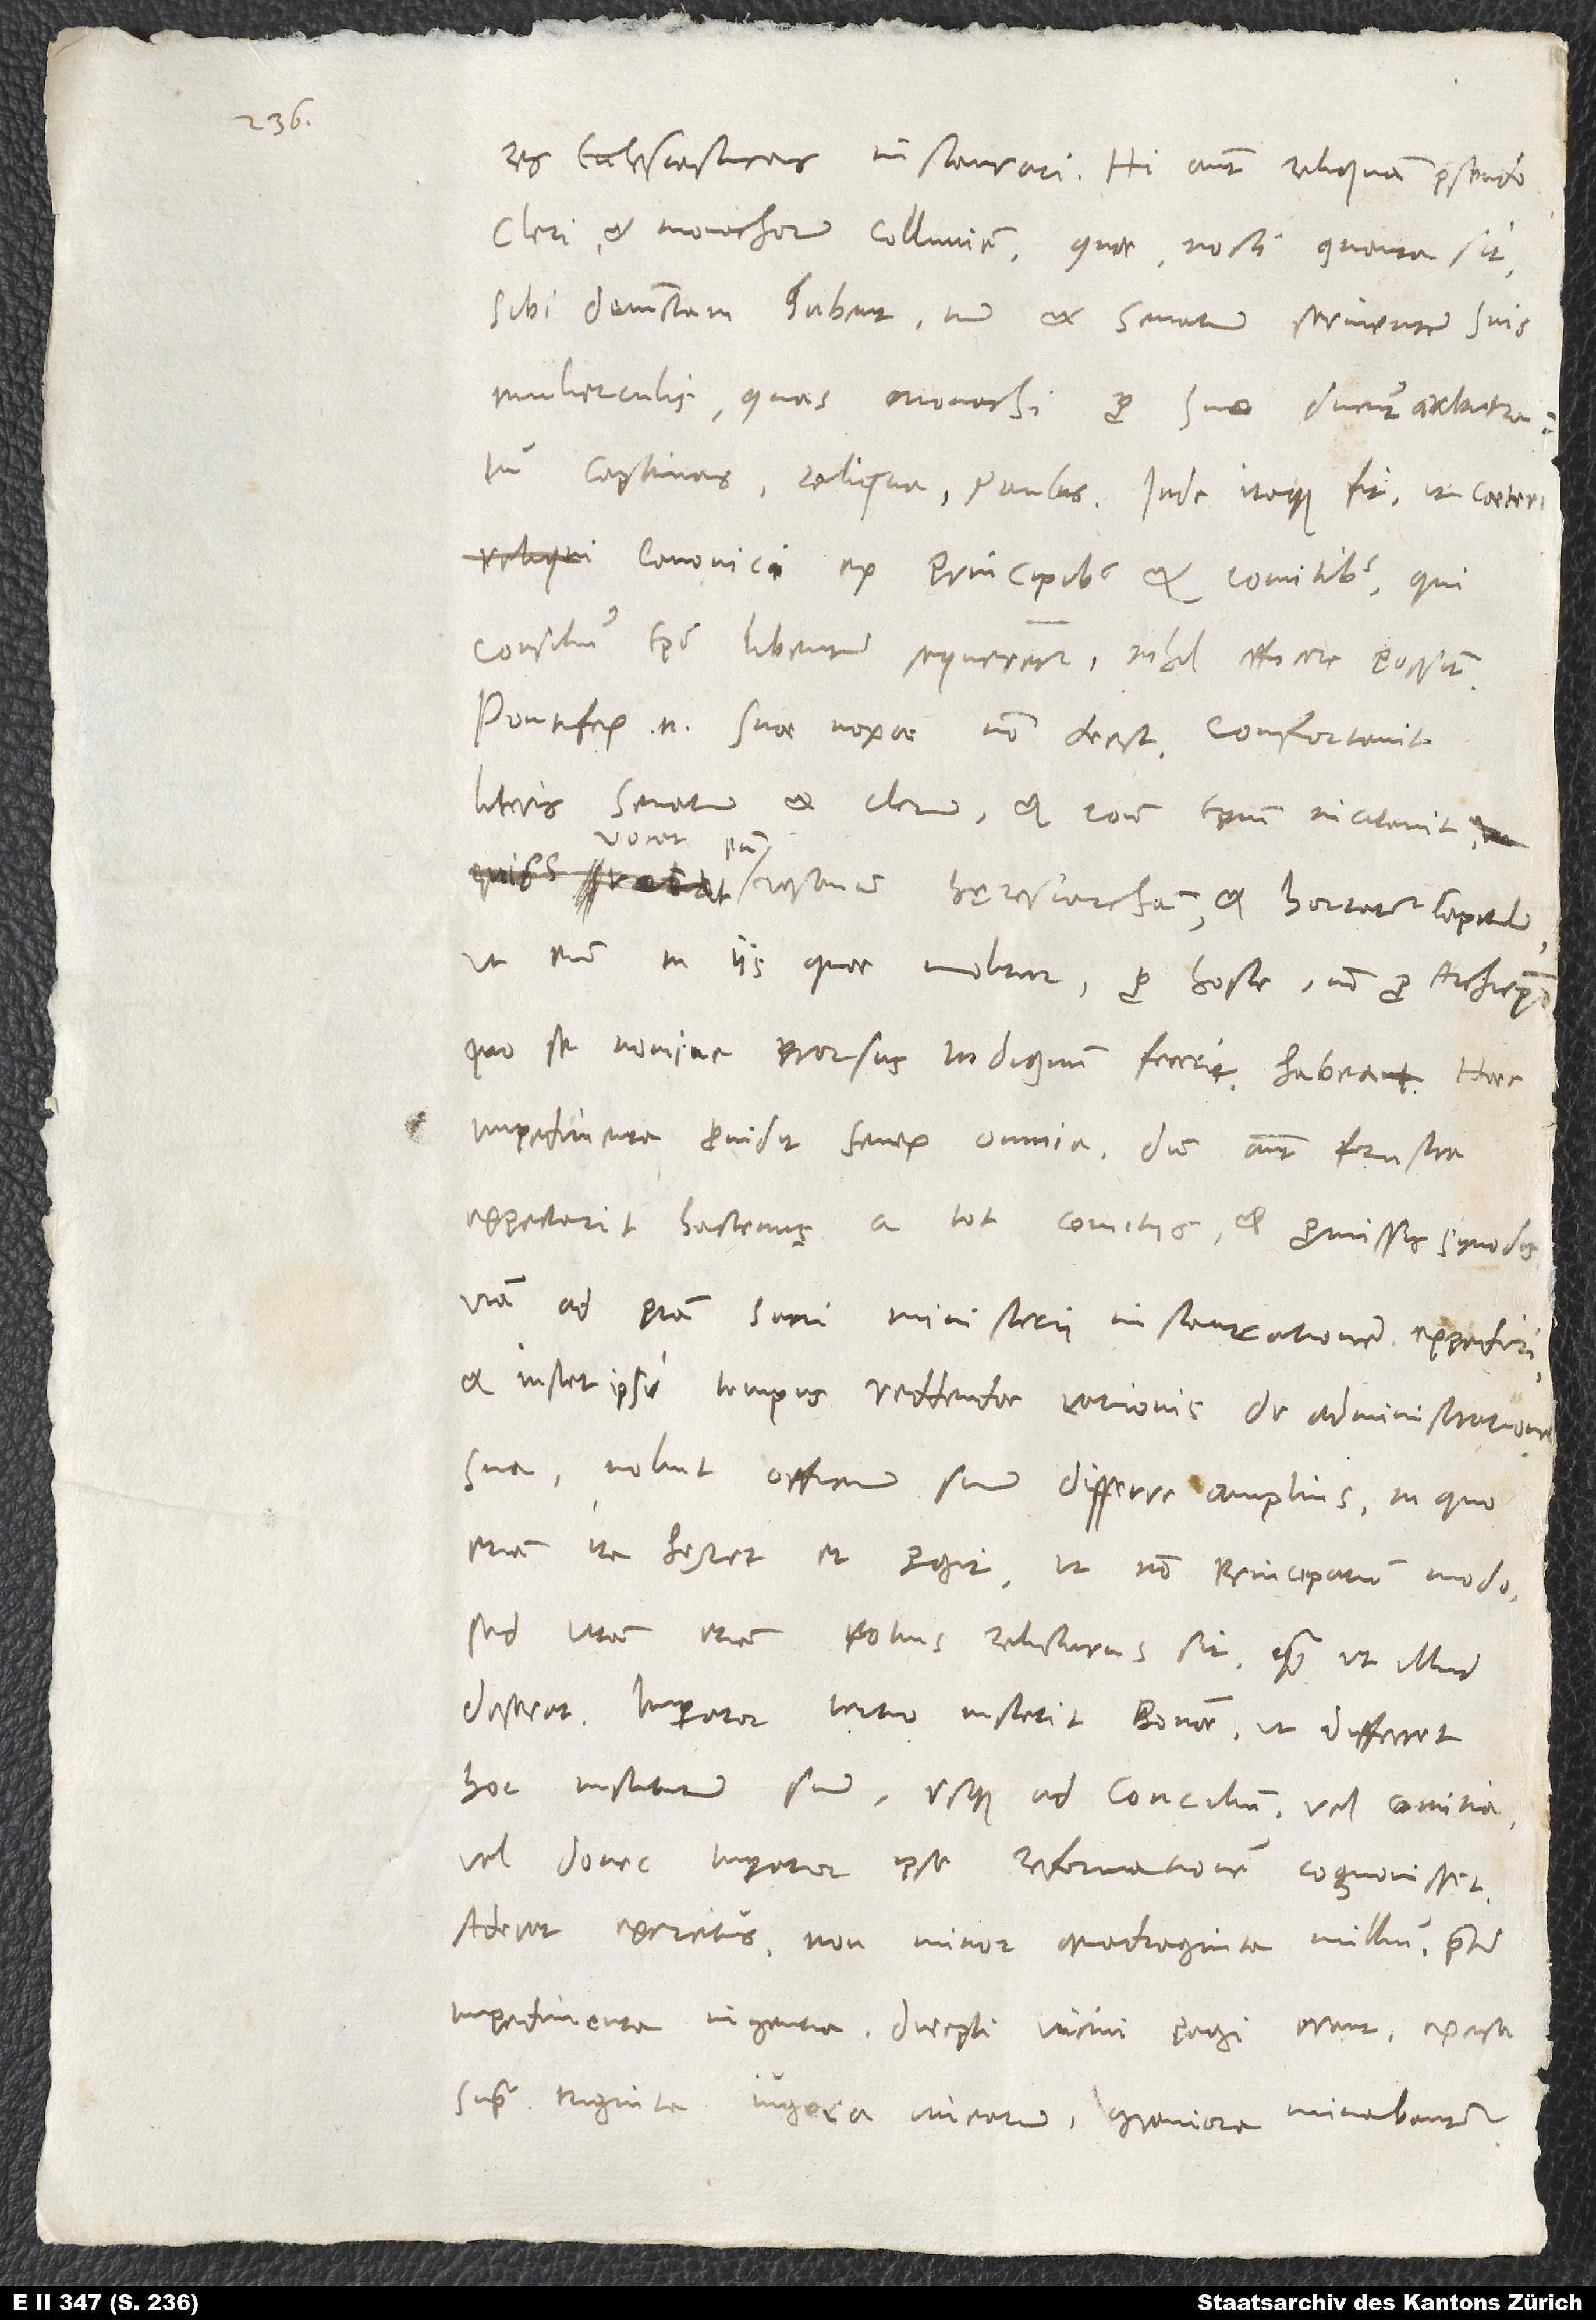
res ecclesiasticas instaurari. Hi autem reliquam pseudocleri
et monachorum colluviem, quae nosti quanta sit,
sibi devinctam habent, tum et senatum servientem suis
mulierculis, quas monachi pro suo ducunt arbitratu
captivas; reliqua Paulus. Inde itaque fit, ut caeteri
canonici ex principibus et comitibus, qui
consilium episcopi libenter sequerentur, nihil efficere possint.
Pontifex enim suae noxae non deest, confortavit
literis senatum et clerum et contra episcopum incitavit.
vesanum hęresiarcham et hortatur capitulum,
ut eum in iis, quae molitur, pro hoste, non pro archiepiscopo,
quo se nomine prorsus indignum fecerit, habeant. Haec
impedimenta providit senex omnia; dum autem frustra
expectarit hactenus a tot comitiis et promissis synodis
viam ad piam sacri ministerii instaurationem expediri
et instet ipsi tempus reddendae rationis de administratione
sua, noluit officium suum differre amplius, in quo
etiam ita hęret et pergit, ut non principatum modo,
sed vitam etiam potius relicturus sit, quam ut illud
deserat. Imperator tertio instetit Bonnae, ut differret
hoc institutum suum usque ad concilium vel comitia,
vel donec imperator ipse reformationem cognovisset.
Aderat exercitus non minor quadraginta millium praeter
impedimenta ingentia; direpti vicini pagi erant, excisa
supra triginta iugera vinearum, graviora minabantur